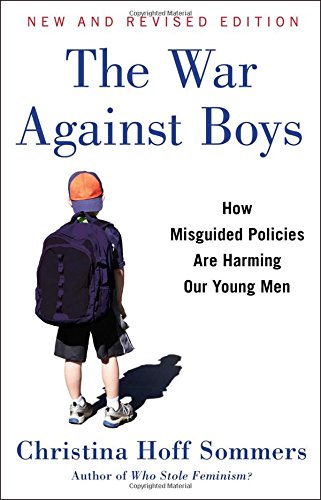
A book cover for The War Against Boys: How Misguided Policies are Harming Our Young Men; Christina Hoff Sommers; Parenting & Relationships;